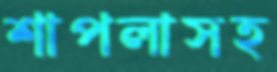
শাপলাসহ